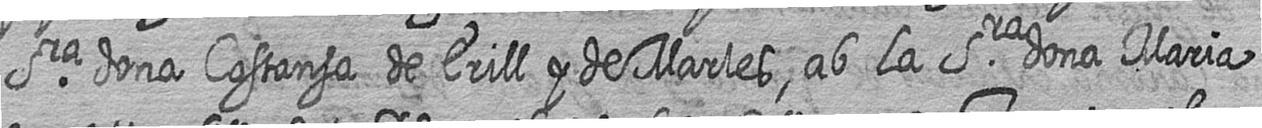
Sra dona Costansa de Erill y de Marles ab la Sra dona Maria